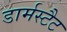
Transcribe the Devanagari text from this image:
डार्मस्टैट